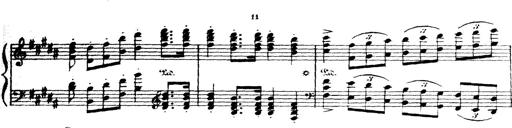
Title: Wagner-Liszt Album
Composer: Franz Liszt